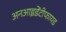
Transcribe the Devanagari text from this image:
अनआइडेंटीफायड